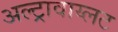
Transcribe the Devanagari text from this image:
अल्ट्रावाय्लट